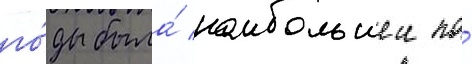
го́ды была́ наибольшеи по́